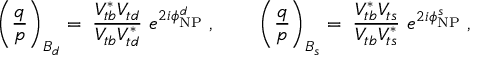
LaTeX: \left( \frac { q } { p } \right) _ { B _ { d } } = \; \frac { V _ { t b } ^ { * } V _ { t d } } { V _ { t b } V _ { t d } ^ { * } } ~ e ^ { 2 i \phi _ { \mathrm { N P } } ^ { d } } \; , ~ ~ ~ ~ ~ ~ \left( \frac { q } { p } \right) _ { B _ { s } } = \; \frac { V _ { t b } ^ { * } V _ { t s } } { V _ { t b } V _ { t s } ^ { * } } ~ e ^ { 2 i \phi _ { \mathrm { N P } } ^ { s } } \; ,